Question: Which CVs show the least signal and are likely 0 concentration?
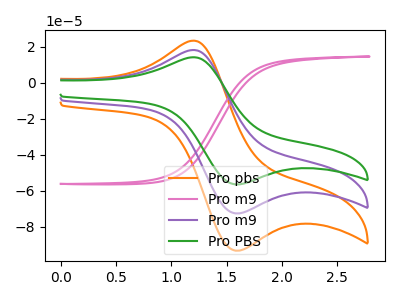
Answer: <think>The orange curve "Pro pbs" has an anodic peak at (1.20V, 36.30uA) and a cathodic peak at (1.60V, -145.15uA). The pink curve "Pro m9" has no peaks. The purple curve "Pro m9" has an anodic peak at (1.20V, 18.15uA) and a cathodic peak at (1.60V, -72.55uA). The green curve "Pro PBS" has an anodic peak at (1.20V, 14.10uA) and a cathodic peak at (1.60V, -56.45uA).</think>
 <answer>"Pro m9" is likely to be a blank.</answer>
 <eval>Pro m9</eval>